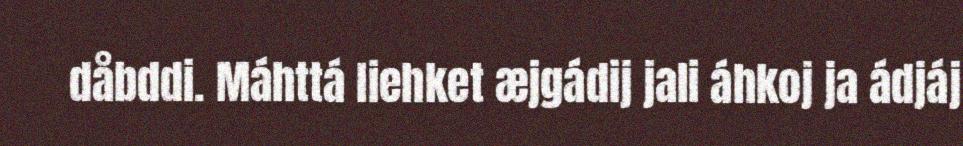
dåbddi. Máhttá liehket æjgádij jali áhkoj ja ádjáj